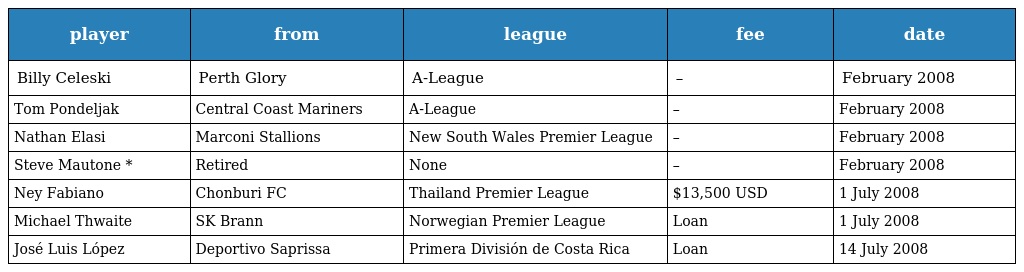
| player | from | league | fee | date |
 | --- | --- | --- | --- | --- |
 | Billy Celeski | Perth Glory | A-League | – | February 2008 |
 | Tom Pondeljak | Central Coast Mariners | A-League | – | February 2008 |
 | Nathan Elasi | Marconi Stallions | New South Wales Premier League | – | February 2008 |
 | Steve Mautone * | Retired | None | – | February 2008 |
 | Ney Fabiano | Chonburi FC | Thailand Premier League | $13,500 USD | 1 July 2008 |
 | Michael Thwaite | SK Brann | Norwegian Premier League | Loan | 1 July 2008 |
 | José Luis López | Deportivo Saprissa | Primera División de Costa Rica | Loan | 14 July 2008 |